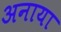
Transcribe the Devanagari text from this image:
अनाया